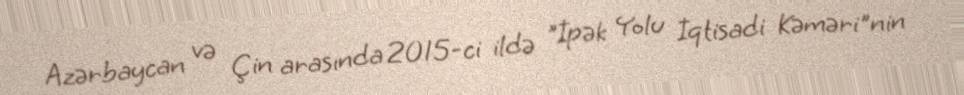
Azərbaycan və Çin arasında 2015-ci ildə "İpək Yolu İqtisadi Kəməri"nin